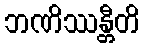
ဘဏိဿန္တီတိ